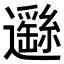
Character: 𨘺